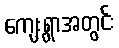
ကျေးရွာအတွင်း